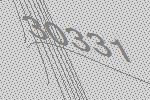
30331